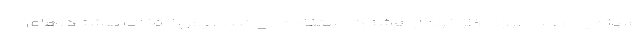
سوژه یا مطلب مورد‌نظر خود از هشتگ استفاده می‌کنند، پس انتخاب هشتگ‌های